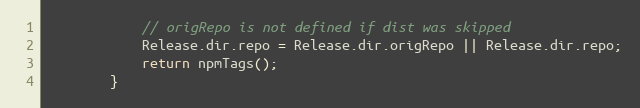
Language: JavaScript
			// origRepo is not defined if dist was skipped
			Release.dir.repo = Release.dir.origRepo || Release.dir.repo;
			return npmTags();
		}